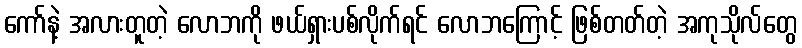
ကော်နဲ့ အလားတူတဲ့ လောဘကို ဖယ်ရှားပစ်လိုက်ရင် လောဘကြောင့် ဖြစ်တတ်တဲ့ အကုသိုလ်တွေ